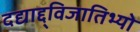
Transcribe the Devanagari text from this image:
दद्याद्द्विजातिभ्यो